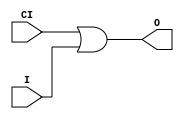
// This program was cloned from: https://github.com/jhshi/openofdm
// License: Apache License 2.0

// $Header: /devl/xcs/repo/env/Databases/CAEInterfaces/verunilibs/data/unisims/ORCY.v,v 1.6 2007/05/23 21:43:44 patrickp Exp $
///////////////////////////////////////////////////////////////////////////////
// Copyright (c) 1995/2004 Xilinx, Inc.
// All Right Reserved.
///////////////////////////////////////////////////////////////////////////////
//   ____  ____
//  /   /\/   /
// /___/  \  /    Vendor : Xilinx
// \   \   \/     Version : 10.1
//  \   \         Description : Xilinx Functional Simulation Library Component
//  /   /                  OR with Carry Logic
// /___/   /\     Filename : ORCY.v
// \   \  /  \    Timestamp : Thu Mar 25 16:43:32 PST 2004
//  \___\/\___\
//
// Revision:
//    03/23/04 - Initial version.
//    05/23/07 - Changed timescale to 1 ps / 1 ps.

`timescale  1 ps / 1 ps


module ORCY (O, CI, I);

    output O;

    input  CI, I;

	or X1 (O, CI, I);


endmodule